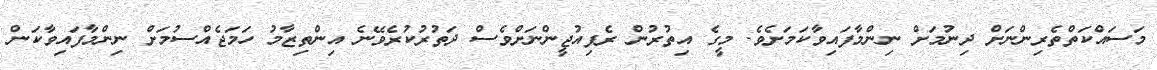
މަސައްކަތްތެރިންނަށް ދިނުމަށް ނިންމާފައިވާކަމަށެވެ. މީގެ އިތުރުން ރެފިއުޖީންނަށްވެސް ދަތުރުކުރެވޭނެ އިންތިޒާމު ހަމަޖެއްސުމަށް ނިންމާފައިވާކަން